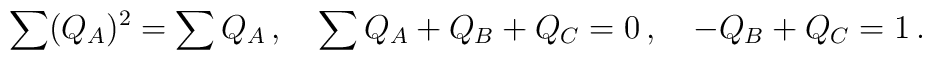
\sum (Q_A)^2 = \sum Q_A \,, \quad \sum Q_A + Q_B + Q_C = 0\,, \quad -Q_B +Q_C = 1\, .